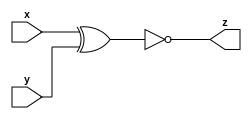
module gac_xnor_gate_32 (x, y, z);
  input [31:0] x;
  input [31:0] y;
  output [31:0] z;
  
  assign z = ~(x^y) ;
  
  
endmodule